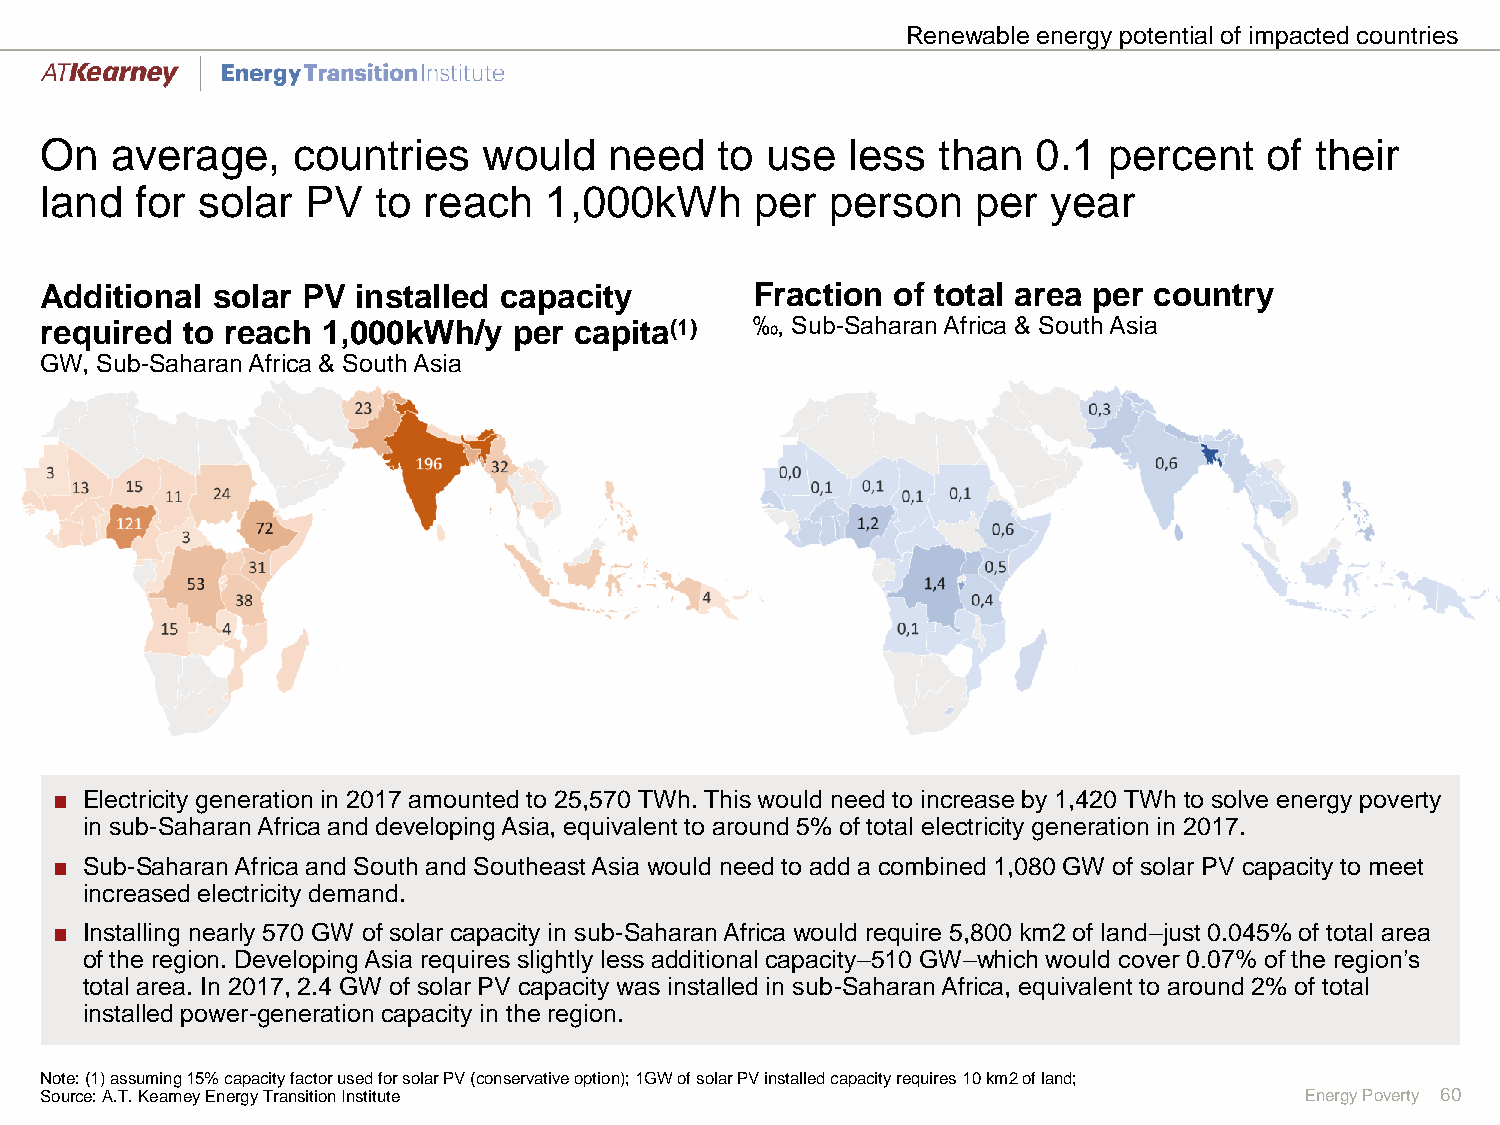
Renewable energy potential of impacted countries
 On  average,    countries    would   need   to  use  less  than   0.1 percent    of their
 land  for solar  PV   to reach   1,000kWh      per  person    per  year
 Additional solar PV  installed capacity        Fraction of total area per country
 required to reach 1,000kWh/y   per capita(1)   ‰, Sub-Saharan Africa & South Asia
 GW, Sub-Saharan Africa & South Asia
 ■ Electricity generation in 2017 amounted to 25,570 TWh. This would need to increase by 1,420 TWhto solve energy poverty
 in sub-Saharan Africa and developing Asia, equivalent to around 5% of total electricity generation in 2017.
 ■ Sub-Saharan Africa and South and Southeast Asia would need to add a combined 1,080 GW of solar PV capacity to meet
 increased electricity demand.
 ■ Installing nearly 570 GW of solar capacity in sub-Saharan Africa would require 5,800 km2 of land–just 0.045% of total area
 of the region. Developing Asia requires slightly less additional capacity–510 GW–which would cover 0.07% of the region’s
 total area. In 2017, 2.4 GW of solar PV capacity was installed in sub-Saharan Africa, equivalent to around 2% of total
 installed power-generation capacity in the region.
 Note: (1) assuming 15% capacity factor used for solar PV (conservative option); 1GW of solar PV installed capacity requires 10 km2 of land;
 Source: A.T. Kearney Energy Transition Institute                                   Energy Poverty 60